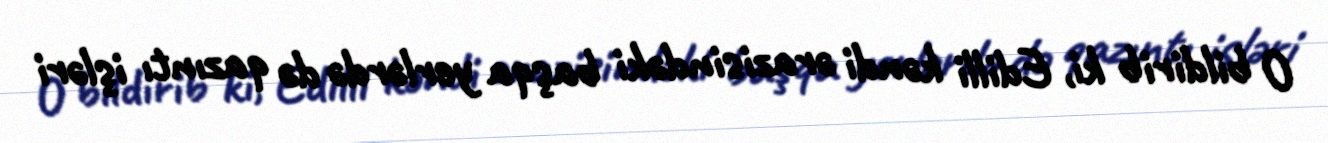
O bildirib ki, Edilli kəndi ərazisindəki başqa yerlərdə də qazıntı işləri